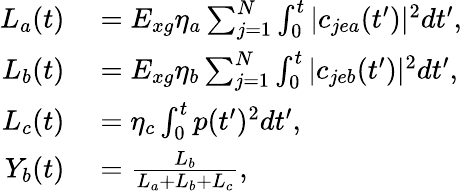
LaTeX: \begin{array}{rl}{L_{a}(t)}&{{}=E_{xg}\eta_{a}\sum_{j=1}^{N}\int_{0}^{t}|c_{jea}(t^{\prime})|^{2}dt^{\prime},}\\ {L_{b}(t)}&{{}=E_{xg}\eta_{b}\sum_{j=1}^{N}\int_{0}^{t}|c_{jeb}(t^{\prime})|^{2}dt^{\prime},}\\ {L_{c}(t)}&{{}=\eta_{c}\int_{0}^{t}p(t^{\prime})^{2}dt^{\prime},}\\ {Y_{b}(t)}&{{}=\frac{L_{b}}{L_{a}+L_{b}+L_{c}},}\end{array}